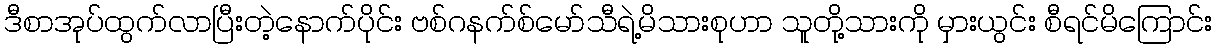
ဒီစာအုပ်ထွက်လာပြီးတဲ့နောက်ပိုင်း ဗစ်ဂနက်စ်မော်သီရဲ့မိသားစုဟာ သူတို့သားကို မှားယွင်း စီရင်မိကြောင်း